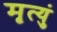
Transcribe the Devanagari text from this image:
मृत्युं